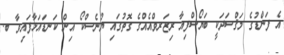
އެ ފަންޑުގެ މަޤްސަދަކީ ބަޔޯސްފިއާ ރިޒަރވްއެއްގެ ގޮތުގައި ޔުނެސްކޯ އިން ކަނޑައަޅާފައިވާ ބ.